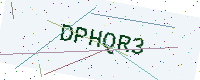
Text: DPHQR3